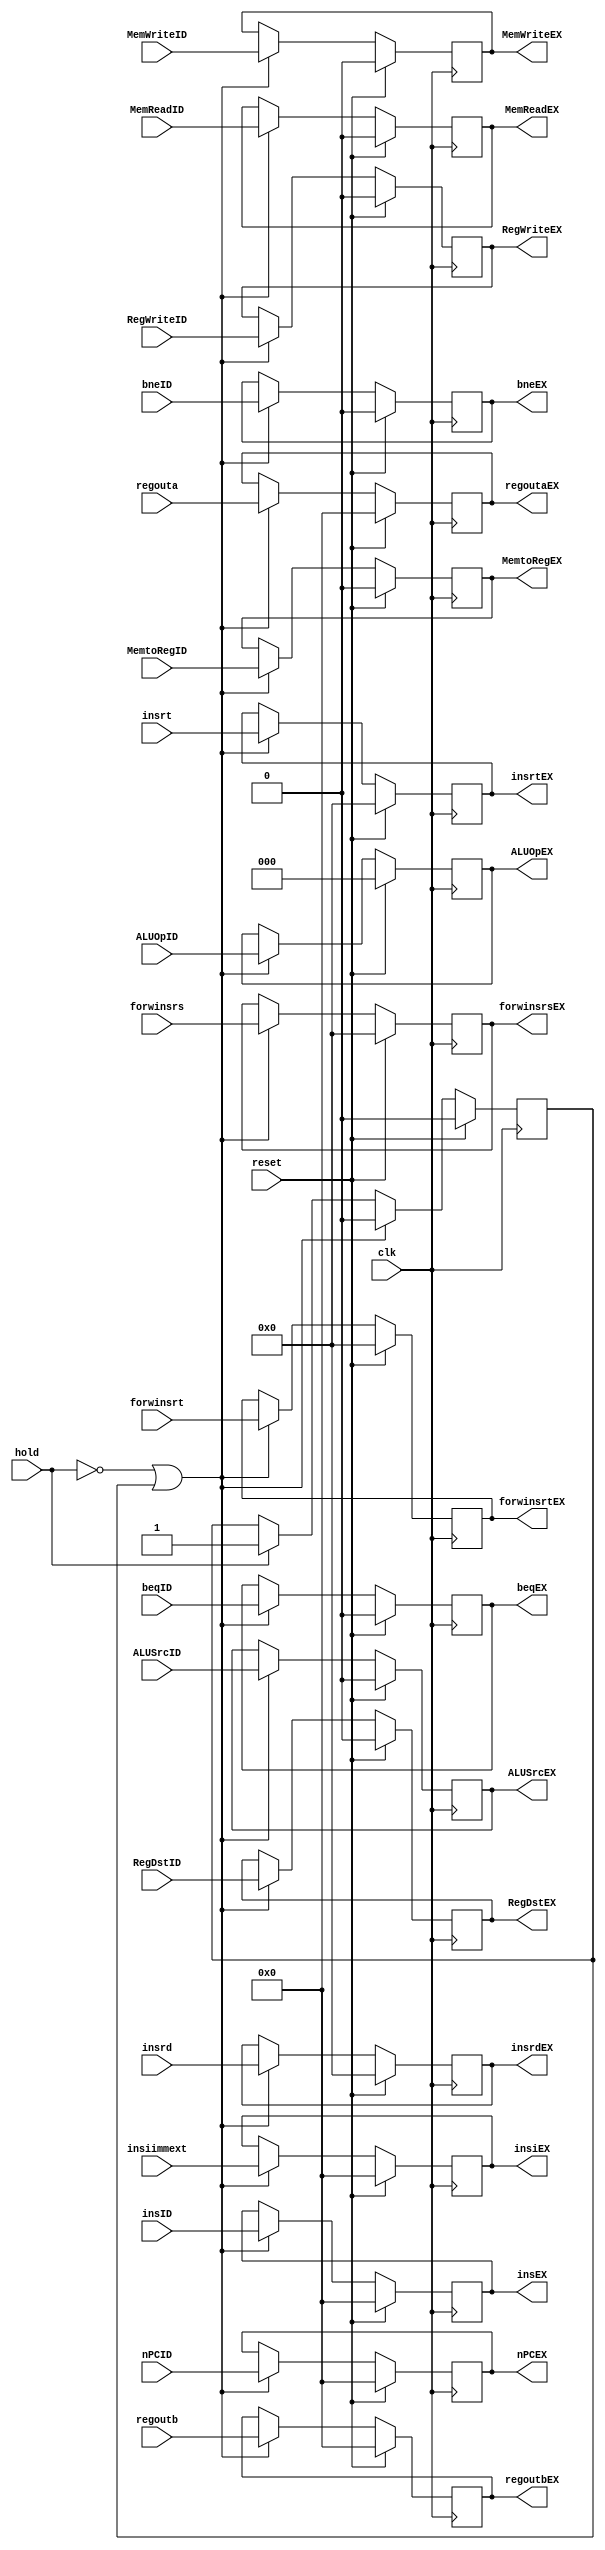
`timescale 1ns / 1ps
module IDEX(regoutaEX,regoutbEX,insEX,nPCEX,insiEX,insrtEX,insrdEX,MemWriteEX,MemReadEX,beqEX,bneEX,MemtoRegEX,RegWriteEX,
				ALUSrcEX,ALUOpEX,RegDstEX,
				regouta,regoutb,insID,nPCID,insiimmext,insrt,insrd,ALUOpID,RegDstID,ALUSrcID,MemWriteID,MemReadID,beqID,bneID,
				MemtoRegID,RegWriteID,clk,forwinsrs,forwinsrt,forwinsrsEX,forwinsrtEX,hold,reset);
	input clk;
	input[31:0] regouta;
	input[31:0] regoutb;
	input[31:0] insID;
	input[31:0] nPCID;
	input[31:0] insiimmext;
	input[4:0] insrt;
	input[4:0] insrd;
	input[2:0] ALUOpID;
	input RegDstID;
	input ALUSrcID;
	input MemWriteID;
	input MemReadID;
	input beqID;
	input bneID;
	input MemtoRegID;
	input RegWriteID;
	input [4:0]forwinsrs;
	input [4:0]forwinsrt;
	input hold;
	input reset;
	output reg[31:0] regoutaEX;
	output reg[31:0] regoutbEX;
	output reg[31:0] insEX;
	output reg[31:0] nPCEX;
	output reg[31:0] insiEX;
	output reg[4:0] insrtEX;
	output reg[4:0] insrdEX;
	output reg MemWriteEX;
	output reg MemReadEX;
	output reg beqEX;
	output reg bneEX;
	output reg MemtoRegEX;
	output reg RegWriteEX;
	output reg ALUSrcEX;
	output reg[2:0] ALUOpEX;
	output reg RegDstEX;
	output reg[4:0] forwinsrsEX;
	output reg[4:0] forwinsrtEX;
	reg flag;
	
	initial begin
		regoutaEX=32'b0;
		regoutbEX=32'b0;
		insEX=32'b0;
		nPCEX=32'b0;
		insiEX=32'b0;
		insrtEX=5'b0;
		insrdEX=5'b0;
		MemWriteEX=1'b0;
		MemReadEX=1'b0;
	 	beqEX=1'b0;
	 	bneEX=1'b0;
	 	MemtoRegEX=1'b0;
	 	RegWriteEX=1'b0;
	 	ALUSrcEX=1'b0;
		ALUOpEX=3'b0;
	 	RegDstEX=1'b0;
		forwinsrsEX=5'b0;
		forwinsrtEX=5'b0;
		flag=1'b0;
	end
	always @(posedge clk) begin
		if (reset) begin
			regoutaEX<=32'b0;
			regoutbEX<=32'b0;
			insEX<=32'b0;
			nPCEX<=32'b0;
			insiEX<=32'b0;
			insrtEX<=5'b0;
			insrdEX<=5'b0;
			MemWriteEX<=1'b0;
			MemReadEX<=1'b0;
		 	beqEX<=1'b0;
		 	bneEX<=1'b0;
		 	MemtoRegEX<=1'b0;
		 	RegWriteEX<=1'b0;
		 	ALUSrcEX<=1'b0;
			ALUOpEX<=3'b0;
		 	RegDstEX<=1'b0;
			forwinsrsEX<=5'b0;
			forwinsrtEX<=5'b0;
			flag<=1'b0;
		end
		else if ((!hold) || (flag==1'b1)) begin
			regoutaEX<=regouta;
			regoutbEX<=regoutb;
			insEX<=insID;
			nPCEX<=nPCID;
			insiEX<=insiimmext;
			insrtEX<=insrt;
			insrdEX<=insrd;
			MemWriteEX<=MemWriteID;
			MemReadEX<=MemReadID;
			beqEX<=beqID;
			bneEX<=bneID;
			MemtoRegEX<=MemtoRegID;
			RegWriteEX<=RegWriteID;
			RegDstEX<=RegDstID;
			ALUOpEX<=ALUOpID;
			ALUSrcEX<=ALUSrcID;
			forwinsrsEX<=forwinsrs;
			forwinsrtEX<=forwinsrt;
			flag<=1'b0;
		end
		else if (hold) begin
			flag<=1'b1;
		end
	end
endmodule